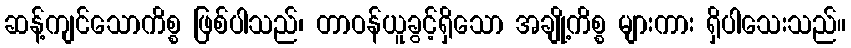
ဆန့်ကျင်သောကိစ္စ ဖြစ်ပါသည်၊ တာဝန်ယူခွင့်ရှိသော အချို့ကိစ္စ များကား ရှိပါသေးသည်။